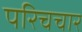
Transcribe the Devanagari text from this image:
परिचचार